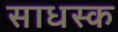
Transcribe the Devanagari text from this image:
साधस्क